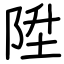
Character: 陞